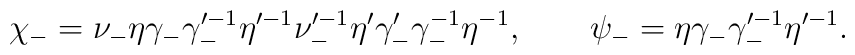
\chi_- = \nu_- \eta \gamma_- \gamma_-^{\prime -1} \eta^{\prime -1}\nu_-^{\prime -1} \eta' \gamma'_- \gamma_-^{-1} \eta^{-1}, \qquad\psi_- = \eta \gamma_- \gamma_-^{\prime -1} \eta^{\prime -1}.